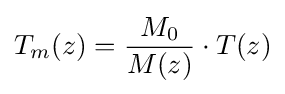
T_{m}(z)={\frac {M_{0}}{M(z)}}\cdot {T(z)}